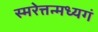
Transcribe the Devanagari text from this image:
स्मरेत्तन्मध्यगं